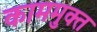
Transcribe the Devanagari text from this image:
काममुक्त